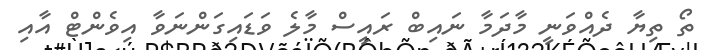
ތޯ ތިޔާ ދެއްވަނީ މާދަމާ ނައިބް ރައީސް މާލެ ވަޑައިގަންނަވާ އިވެންޓް އާއި